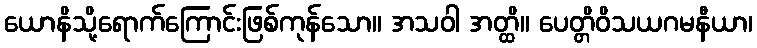
ယောနိသို့ရောက်ကြောင်းဖြစ်ကုန်သော။ အသဝါ အတ္ထိ။ ပေတ္တိဝိသယဂမနီယာ၊